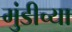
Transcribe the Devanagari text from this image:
मुंडीच्या